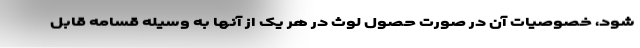
شود، خصوصیات آن در صورت حصول لوث در هر یک از آنها به وسیله قسامه قابل